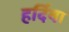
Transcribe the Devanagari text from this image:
हर्दिया